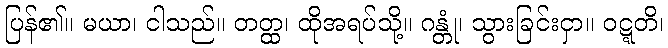
ပြန်၏။ မယာ၊ ငါသည်။ တတ္ထ၊ ထိုအရပ်သို့။ ဂန္တုံ၊ သွားခြင်းငှာ။ ဝဋ္ဋတိ၊